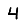
Digit: 4